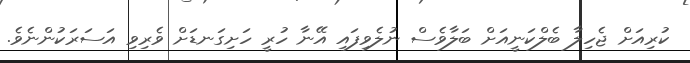
ކުރިއަށް ޖެހިލާ ބެލްކަނީއަށް ބަލާވެސް ނުލެވިފައި އޭނާ ހުރީ ހަށިގަނޑަށް ވެރިވި އަސަރަކުންނެވެ.